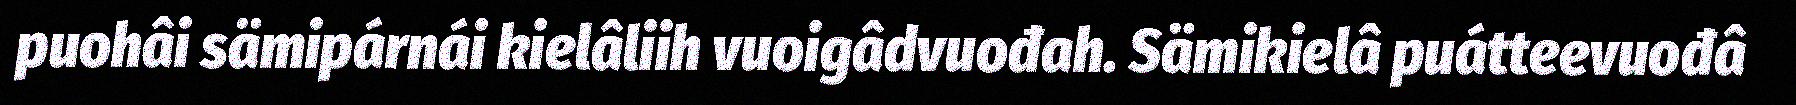
puohâi sämipárnái kielâliih vuoigâdvuođah. Sämikielâ puátteevuođâ